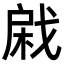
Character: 𢧊